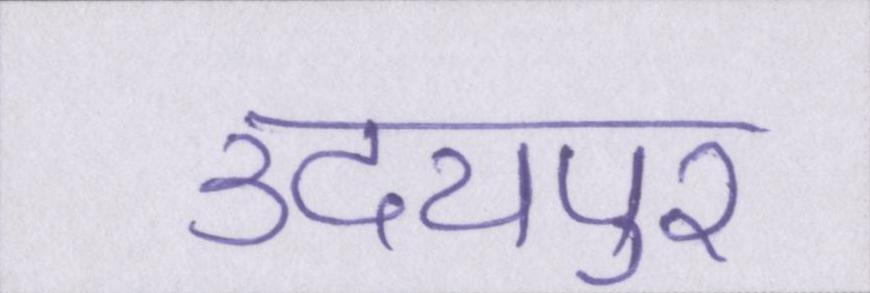
उदयपुर